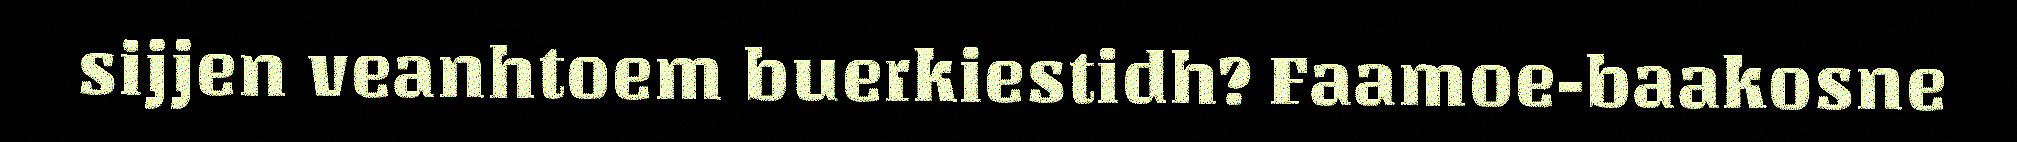
sijjen veanhtoem buerkiestidh? Faamoe-baakosne